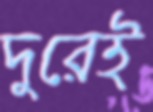
দুরেই